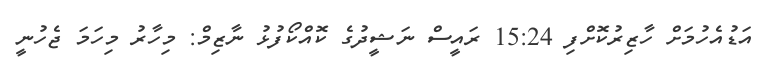
އަޑުއެހުމަށް ހާޒިރުކޮށްފި 15:24 ރައީސް ނަޝީދުގެ ކޮއްކޯފުޅު ނާޒިމް: މިހާރު މިހަމަ ޖެހުނީ